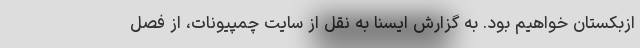
ازبکستان خواهیم بود. به گزارش ایسنا به نقل از سایت چمپیونات، از فصل